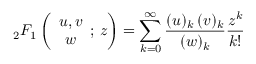
{ { _ 2 F _ { 1 } } \left( \begin{array} { c } { u , v } \\ { w } \end{array} ; \, z \right) = \sum _ { k = 0 } ^ { \infty } \frac { ( u ) _ { k } \, ( v ) _ { k } } { ( w ) _ { k } } \frac { z ^ { k } } { k ! } }